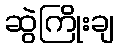
ဆွဲကြိုးချ